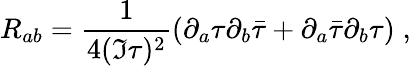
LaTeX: R_{ab}=\frac{1}{4(\Im\tau)^{2}}(\partial_{a}\tau\partial_{b}\bar{\tau}+\partial_{a}\bar{\tau}\partial_{b}\tau)\; ,